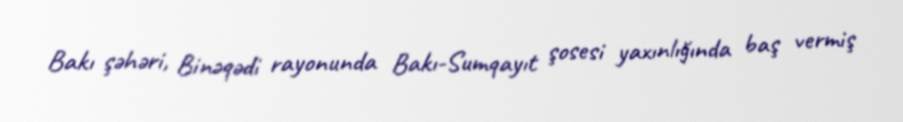
Bakı şəhəri, Binəqədi rayonunda Bakı-Sumqayıt şosesi yaxınlığında baş vermiş